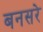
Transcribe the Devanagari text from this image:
बनसरे